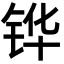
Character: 铧